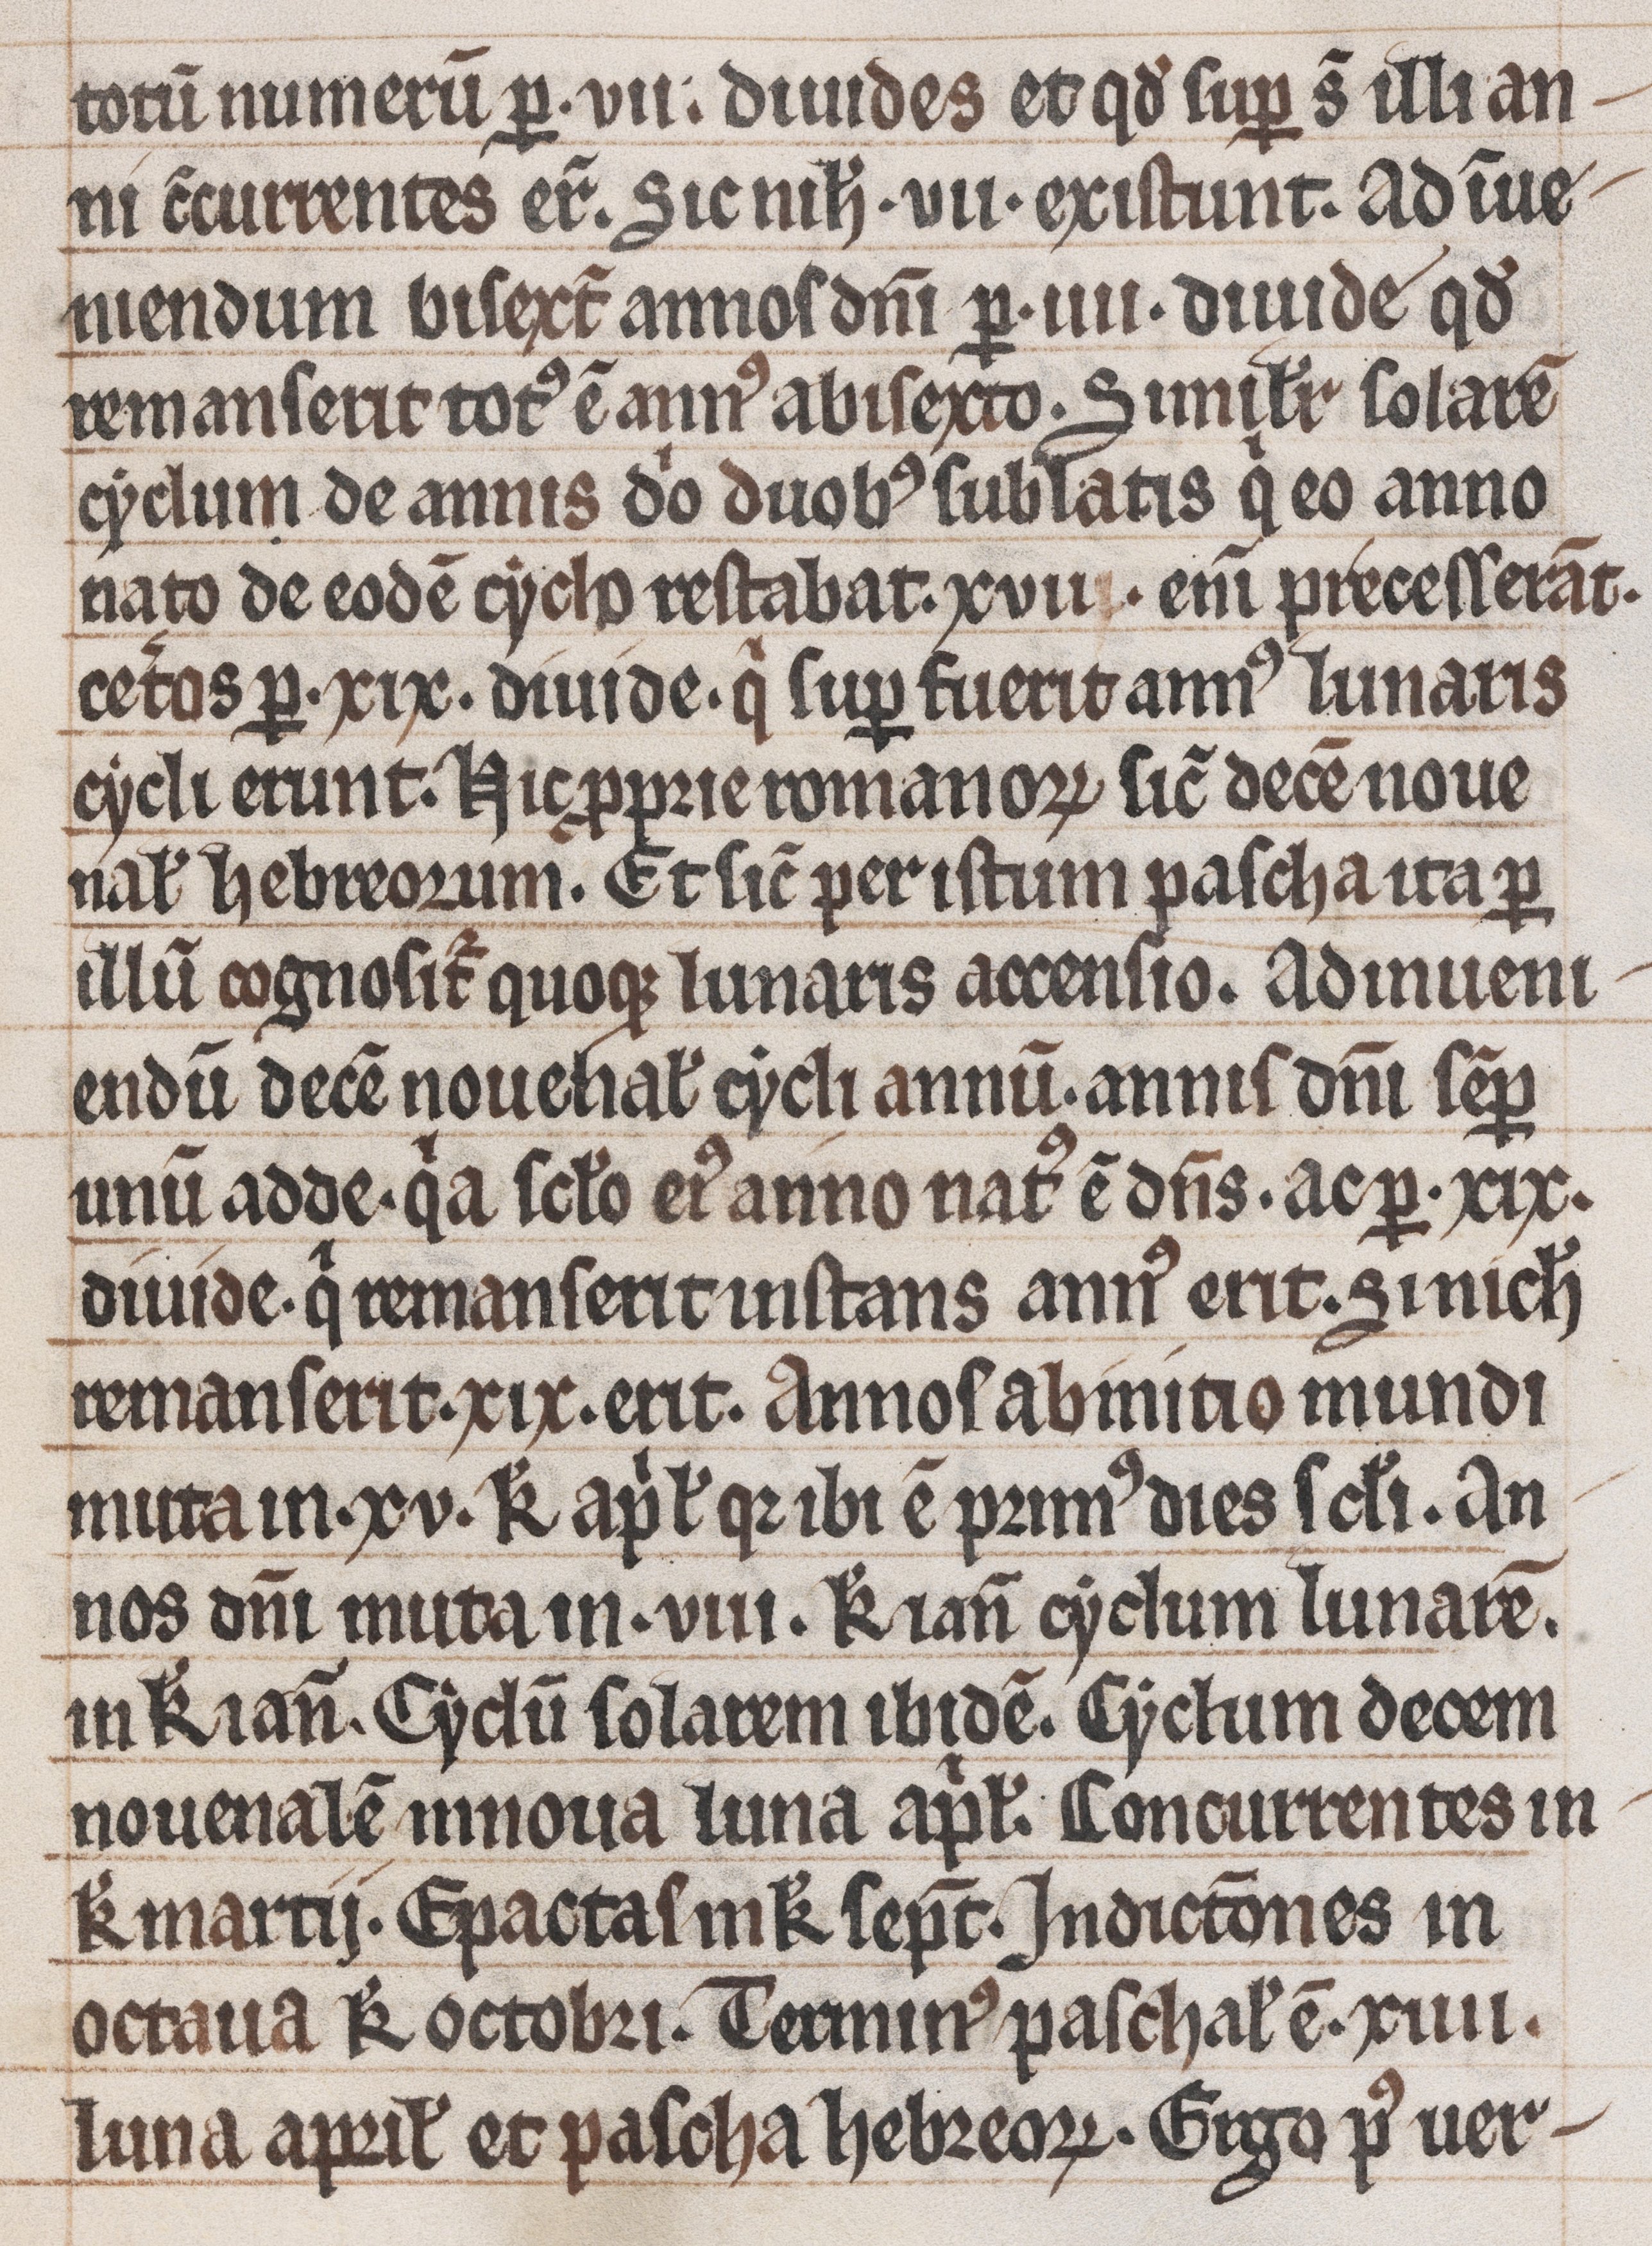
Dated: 1200–1299